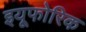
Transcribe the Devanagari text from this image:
इयूफोरिक